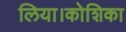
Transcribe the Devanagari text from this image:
लिया।कोशिका